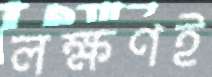
লক্ষণই